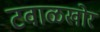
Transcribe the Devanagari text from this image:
टवाळखोर